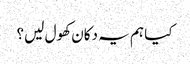
کیا ہم یہ دکان کھول لیں؟